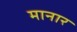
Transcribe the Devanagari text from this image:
मानार